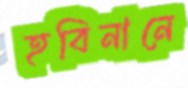
হবিনানে